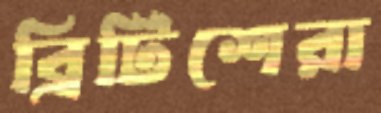
ব্রিটিশেরা